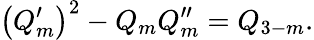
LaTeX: \left(Q_{m}^{\prime}\right)^{2}-Q_{m}Q_{m}^{\prime\prime}=Q_{3-m}.